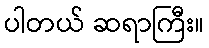
ပါတယ် ဆရာကြီး။